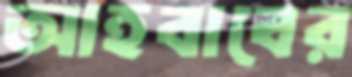
আহবাবের